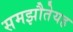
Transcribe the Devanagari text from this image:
समझौतेयह